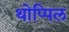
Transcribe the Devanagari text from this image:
थोप्पिल